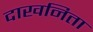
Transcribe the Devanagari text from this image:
दाखनिता